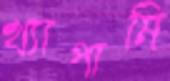
খ্যাপামি